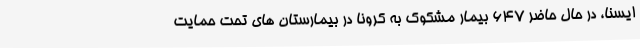
ایسنا، در حال حاضر 647 بیمار مشکوک به کرونا در بیمارستان های تحت حمایت